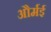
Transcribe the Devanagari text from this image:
और्मई